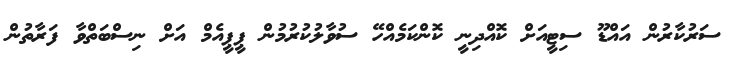
ސަރުކާރުން އައްޑޫ ސިޓީއަށް ކޮއްދިނީ ކޮންކަމެއްހޭ ސުވާލުކުރުމުން ޕީޕީއެމް އަށް ނިސްބަތްވާ ފަރާތުން